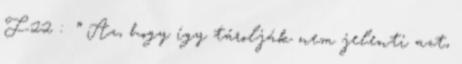
F-22 : ” Az, hogy így tárolják nem jelenti azt,